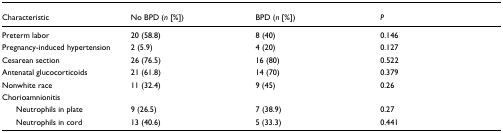
| Characteristic | No BPD (n [%]) | BPD (n [%]) | P |
 | --- | --- | --- | --- |
 | Preterm labor | 20 (58.8) | 8 (40) | 0.146 |
 | Pregnancy-induced hypertension | 2 (5.9) | 4 (20) | 0.127 |
 | Cesarean section | 26 (76.5) | 16 (80) | 0.522 |
 | Antenatal glucocorticoids | 21 (61.8) | 14 (70) | 0.379 |
 | Nonwhite race | 11 (32.4) | 9 (45) | 0.26 |
 | Chorioamnionitis |  |  |  |
 | Neutrophils in plate | 9 (26.5) | 7 (38.9) | 0.27 |
 | Neutrophils in cord | 13 (40.6) | 5 (33.3) | 0.441 |